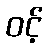
ဝင့်